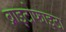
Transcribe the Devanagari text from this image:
ब्राइटोफाइटा